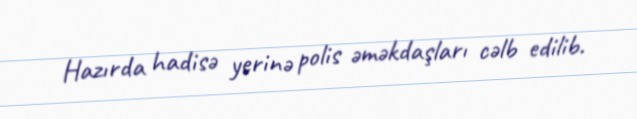
Hazırda hadisə yerinə polis əməkdaşları cəlb edilib.